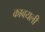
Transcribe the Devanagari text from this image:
काबयली